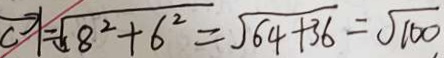
\overrightarrow { \vert } = \sqrt { 8 ^ { 2 } + 6 ^ { 2 } } = \sqrt { 6 4 + 3 6 } = \sqrt { 1 0 0 }